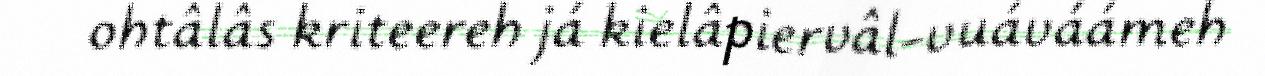
ohtâlâs kriteereh já kielâpiervâl-vuáváámeh